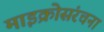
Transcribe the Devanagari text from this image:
माइक्रोसंरचना